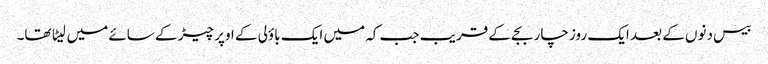
بیس دنوں کے بعد ایک روز چار بجے کے قریب جب کہ میں ایک باؤلی کے اوپر چیڑ کے سائے میں لیٹا تھا۔